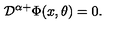
{ \cal D } ^ { \alpha + } \Phi ( x , \theta ) = 0 .